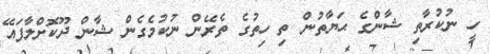
ހީ ނުކުރާތި ޝާންގެ ޙަޔާތުން ތި ހިތުގެ ތެރޭން ނުކުމެގެން ޝާން ދޫކޮށްލާފައޭ